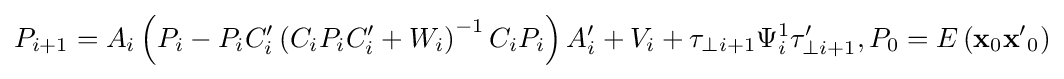
P_{i+1}=A_{i}\left(P_{i}-P_{i}C'_{i}\left(C_{i}P_{i}C'_{i}+W_{i}\right)^{-1}C_{i}P_{i}\right)A'_{i}+V_{i}+\tau _{\perp i+1}\Psi _{i}^{1}\tau '_{\perp i+1},P_{0}=E\left({\mathbf {x} }_{0}{\mathbf {x'} }_{0}\right)